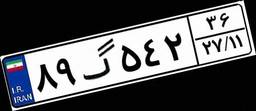
۶۶گ۵۳۰۸۰